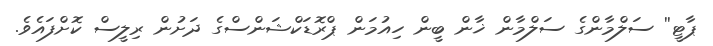
ޕާޓީ'' ސަލްމާންގެ ސަލްމާން ޚާން ބީން ހިއުމަން ޕްރޮޑަކްޝަންސްގެ ދަށުން ރިލީސް ކޮށްފައެވެ.